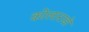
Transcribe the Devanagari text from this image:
कोलाराडो